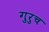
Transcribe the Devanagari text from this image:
गुरुच